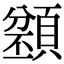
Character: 𩔌